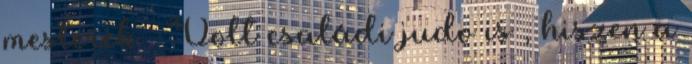
mesterek . Volt családi judo is , hiszen a